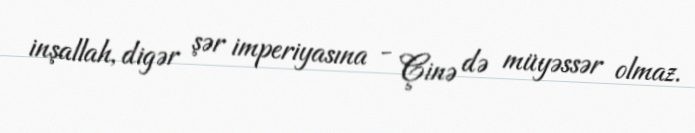
inşallah, digər şər imperiyasına - Çinə də müyəssər olmaz.